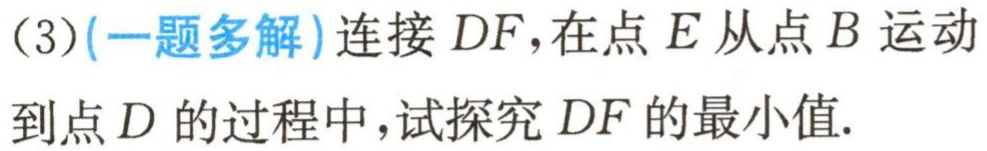
(3)(一题多解)连接 \(DF\)，在点 \(E\) 从点 \(B\) 运动到点 \(D\) 的过程中，试探究 \(DF\) 的最小值.